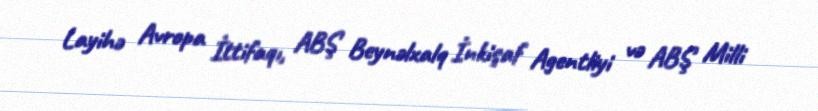
Layihə Avropa İttifaqı, ABŞ Beynəlxalq İnkişaf Agentliyi və ABŞ Milli